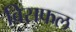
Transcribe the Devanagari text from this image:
विसफल